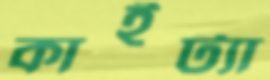
কাইট্যা